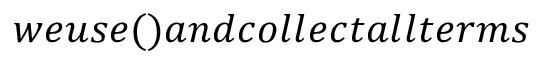
w e u s e ( ) a n d c o l l e c t a l l t e r m s